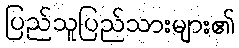
ပြည်သူပြည်သားများ၏